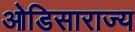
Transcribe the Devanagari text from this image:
ओडिसाराज्य